Annual statistical returns and brief notes on vaccination in Bengal - 1896-1909
Year: 1896
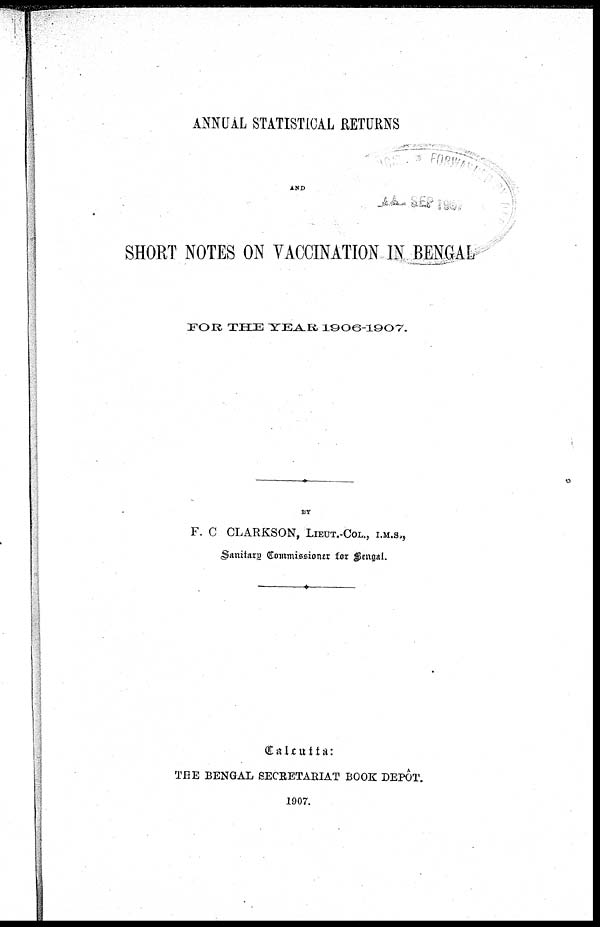
ANNUAL STATISTICAL RETURNS
AND
SHORT NOTES ON VACCINATION IN BENGAL
FOR THE YEAR 1906-1907.
BY
F. C CLARKSON, LIEUT.-COL., I.M.S.,
Sanitary. Commissioner for Bengal.
Calcutta:
THE BENGAL SECRETARIAT BOOK DEPÔT.
1907.